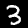
Digit: 3